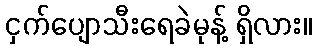
ငှက်ပျောသီးရေခဲမုန့် ရှိလား။